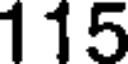
115